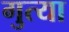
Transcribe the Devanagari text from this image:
गुत्या